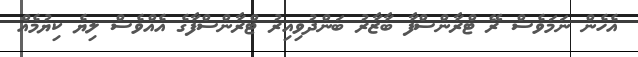
އެހެން ނަމަވެސް ރޭ ޓްރާންސްފާ ބާޒާރު ބަންދުވިއިރު ޓްރާންސްފާގެ އެއްވެސް ލިޔެ ކިޔުމެއް